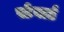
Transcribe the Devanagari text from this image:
स्टेवार्ड